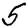
Digit: 5